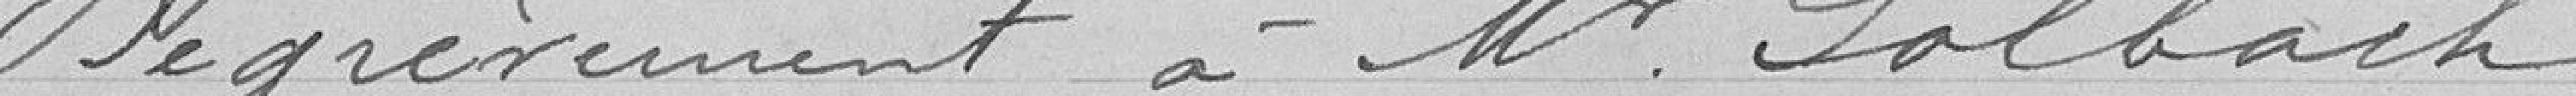
Dégrèvement à monsieur Solbach